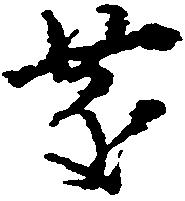
慶